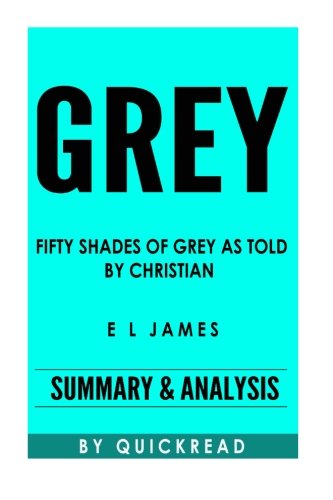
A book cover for Grey: Fifty Shades of Grey as Told By Christian By E L James | Summary & Analysis; Quick Read; Literature & Fiction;